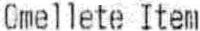
OMELLETE ITEM